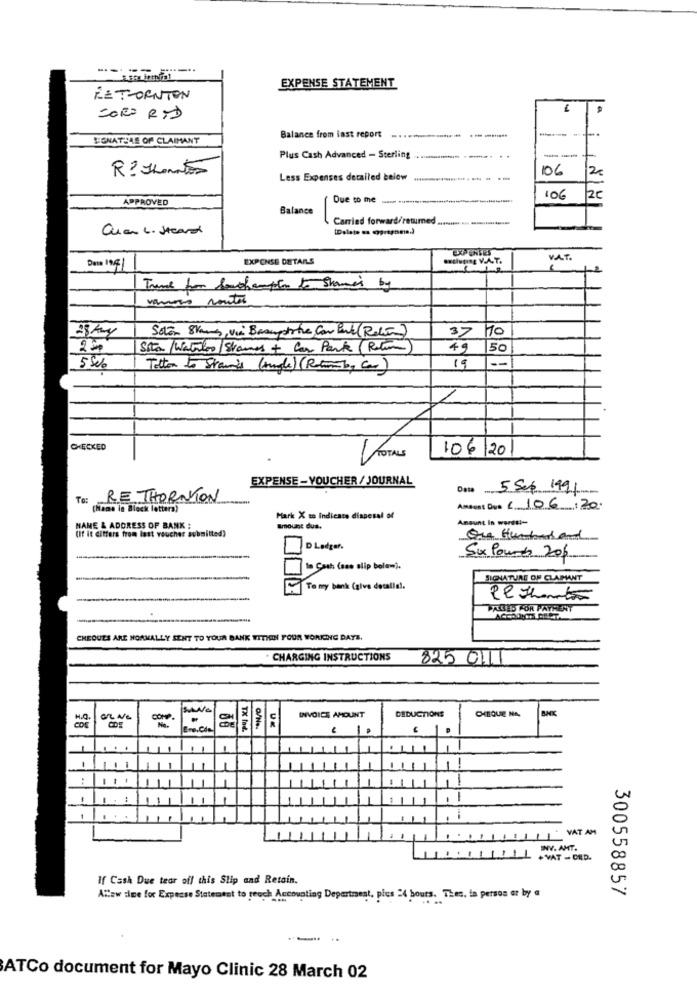
EXPENSE STATEMENT
RETORNTON
=ORO RYD
LONATELE OF CLAIMANT
Balance from last report
--
Plus Cash Advanced - Sterling
. .
R: ILentes
106
2
Less Expenses detailed below
--
106
20
APPROVED
Due to me .. .....................................
Balance
Carried forward/resumed .............. .............
Cuan L. Start
EXPENSES
EXPENSE DETAILS
Boluning V.A.Y.
V.A.T.
France for beachampion to Shame's by
vannets routes
Solen Skaus, via Basuporte Can Pack (Roce)
70
37
Sta / Waterloo / Stones + Car Park (Return)
49
50
5 See
Totton to Stain's (Hunde) (Rotam b, Car)
19
N
CHECKED
106 /20
NOTAS
EXPENSE - VOUCHER / JOURNAL
Date 5 Sep 1991
RE THORNTON
(Name le Block letters)
Andent Dus /106/20.
Mark X to Indicate disposal of
Amount In words !-
NAME & ADDRESS OF BANK :
(If it differs from last voucher submitted)
Amount dus.
Ou Humberland
D Ledger.
Six Pounds 20%
In Cash (seo slip bele-).
SIGNATURE OF CLAMANT
To my bank (give decalle !.
PAOLO FOR PAYMENT
CHEQUES ARE NORMALLY SENT TO YOUR BANK WITHIN FOUR WORKING DAYS.
. CHARGING INSTRUCTIONS
825 0111
CHEQUE NA.
H.O.
COF
COMP.
INVOICE AMOUNT
DEDUCTIONS
Bro.Com
TX Ind.
-
-
VAT AM
INV. AMT.
+VAT - DED.
If Cash Due tear off this Slip and Retain.
300558857
Altew time for Expense Statement to reach Accounting Department, plus 24 hours. Thes. ta person or by a
- .
ATCo document for Mayo Clinic 28 March 02